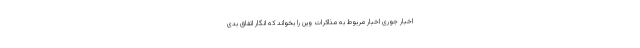
اخبار جوری اخبار مربوط به مذاکرات وین را بخواند که انگار اتفاق بدی